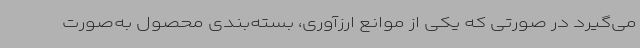
می‌گیرد در صورتی که یکی از موانع ارزآوری، بسته‌بندی محصول به‌صورت